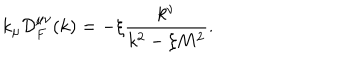
LaTeX: k _ { \mu } { \cal D } _ { F } ^ { \mu \nu } ( k ) = - \xi \frac { k ^ { \nu } } { k ^ { 2 } - \xi M ^ { 2 } } .